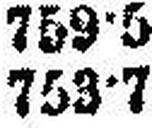
753•7